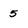
Character: 5